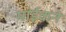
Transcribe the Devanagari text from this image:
माईकने